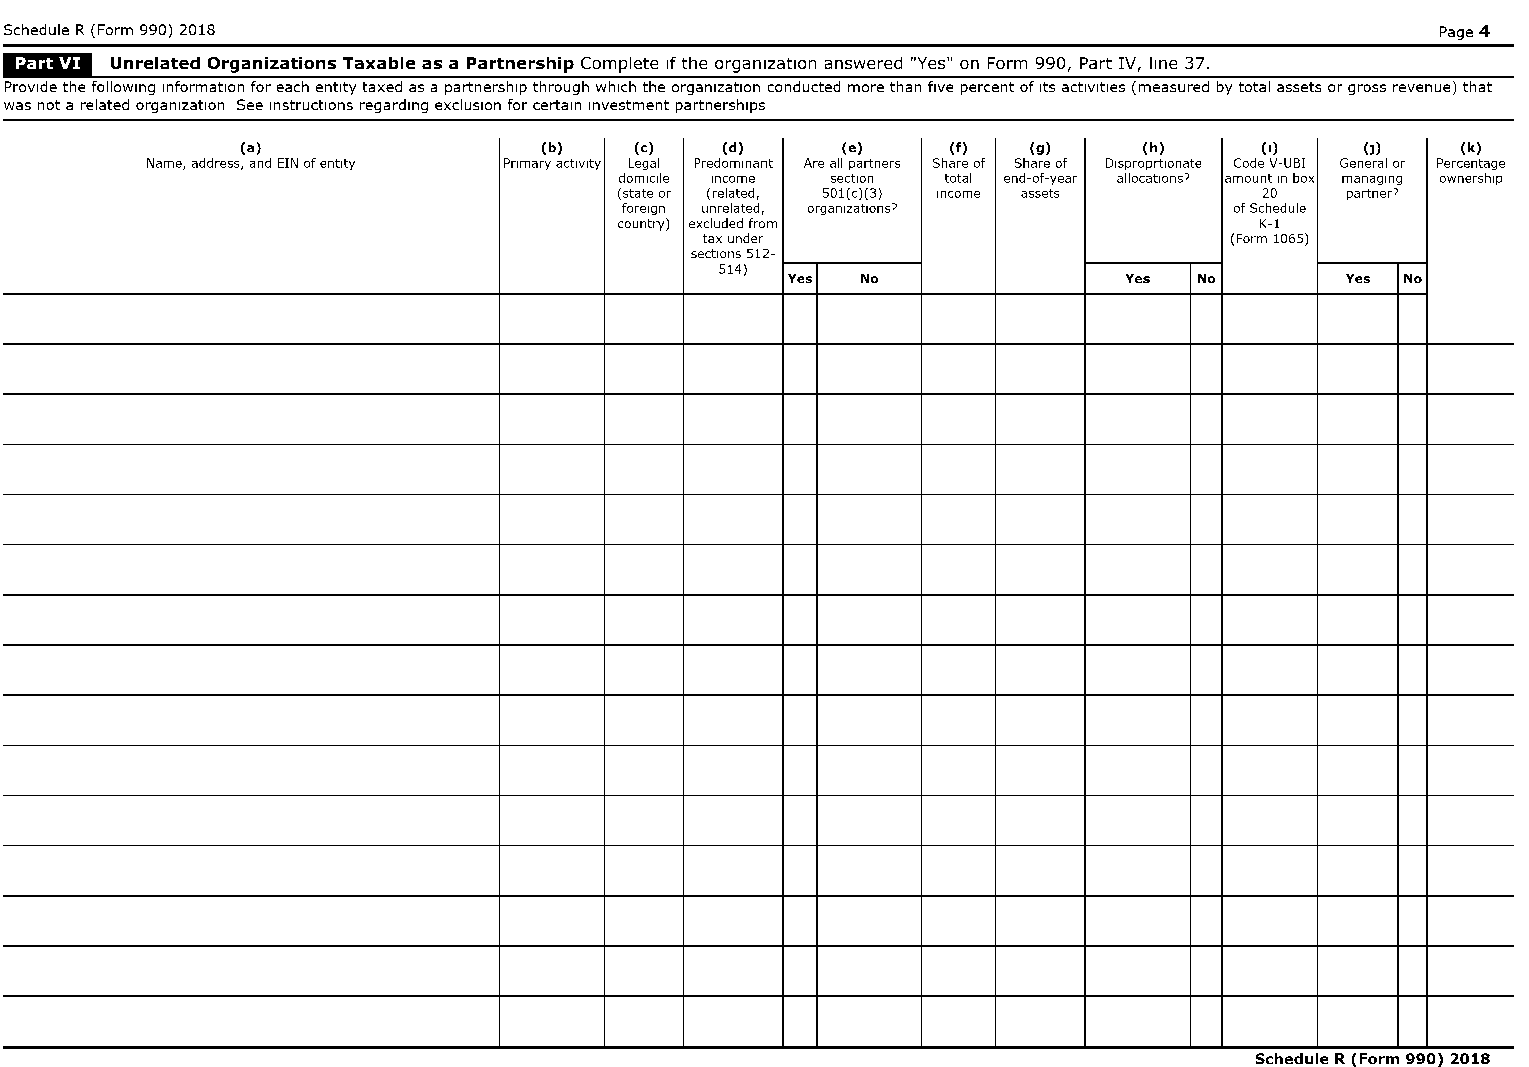
Schedule R (Form 990) 2018                                                                     Page 4
 '@'?'
 Unrelated Organizations Taxable as a Partnership Complete If the organization answered "Yes" on Form 990, Part IV, line 37.
 Provide the following information for each entity taxed as a partnership through which the organization conducted more than five percent of Its activities (measured by total assets or gross revenue) that
 was not a related organization See instructions regarding exclusion for certain Investment partnerships
 (a)                 (b)   (e)   (d)     (e)    (f)  (g)     (h)    (I)    (J)    (k)
 Name, address, and EIN of entIty Pnmaryactlvlty Legal Predominant Are all partners Share of Share of Dlsproprtlonate Code V-UBI General or Percentage
 domICIle Income section total end-of-year allocatIons' amount In box managing ownershIp
 (state or (related, 501(c)(3) Income assets 20  partner'
 foreIgn unrelated, organizatlOns7        of Schedule
 country) excluded from                    K-1
 tax under                         (Form 1065)
 sectIons 512-
 514)
 Yes  No               Yes  No        Yes No
 Schedule R Form 990 2018